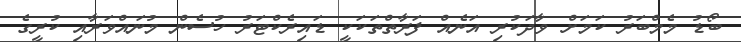
ބޯޑު މެމްބަރު ކަމަށް ވާދަކުރި އަނެއް ފަރާތްތަކަކީ ޑައިރެކްޓަރު ހުސެން މުނައްވަރާއި ކުރީގެ